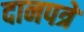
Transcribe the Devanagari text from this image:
दानपत्रे